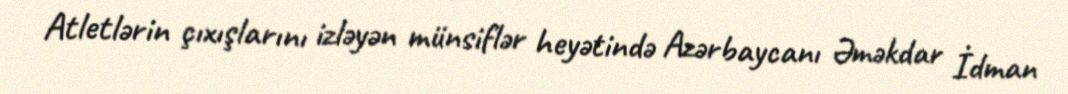
Atletlərin çıxışlarını izləyən münsiflər heyətində Azərbaycanı Əməkdar İdman